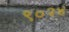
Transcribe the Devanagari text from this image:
९०२४